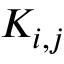
K _ { i , j }